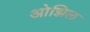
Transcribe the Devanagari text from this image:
ओझिल